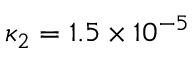
\kappa _ { 2 } = 1 . 5 \times 1 0 ^ { - 5 }